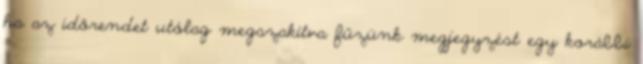
ha az időrendet utólag megszakítva fűzünk megjegyzést egy korábbi